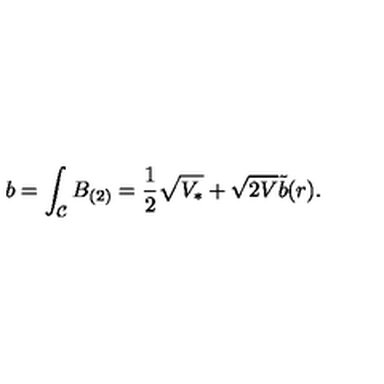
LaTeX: b = \int _ { \mathcal { C } } B _ { ( 2 ) } = \frac { 1 } { 2 } \sqrt { V _ { * } } + \sqrt { 2 V } \tilde { b } ( r ) .